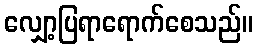
လျှော့ပြရာရောက်စေသည်။